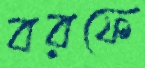
বরফে